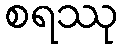
စရဿု